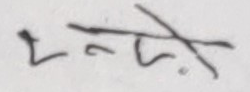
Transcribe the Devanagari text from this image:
रनेपा